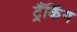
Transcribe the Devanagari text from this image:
ट्रैंकिंग